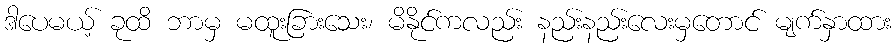
ဒါပေမယ့် ခုထိ ဘာမှ မထူးခြားသေး၊ မိနိုင်ကလည်း နည်းနည်းလေးမှတောင် မျက်နှာထား